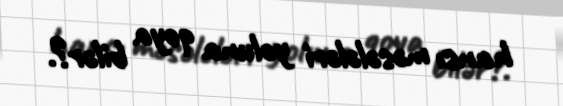
hansı məsələləri yoluna qoya bilər?.